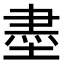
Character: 𡎀